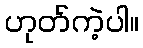
ဟုတ်ကဲ့ပါ။